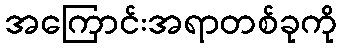
အကြောင်းအရာတစ်ခုကို